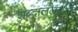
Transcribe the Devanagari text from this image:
शब्दालंलंकार